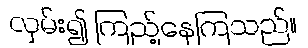
လှမ်း၍ ကြည့်နေကြသည်။